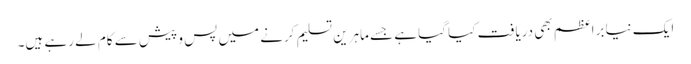
ایک نیا براعظم بھی دریافت کیا گیا ہے جسے ماہرین تسلیم کرنے میں پس و پیش سے کام لے رہے ہیں۔